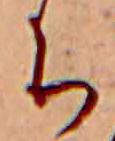
ち